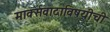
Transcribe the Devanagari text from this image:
मार्क्सवादाविषयीची